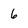
Character: 6